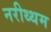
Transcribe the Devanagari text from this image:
नरीथ्थम